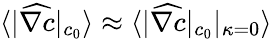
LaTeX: \langle|\widehat{\nabla c}|_{c_{0}}\rangle\approx\langle|\widehat{\nabla c}|_{c_{0}}|_{\kappa=0}\rangle